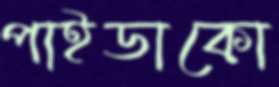
পাইডাকো